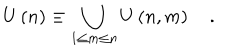
U \left( n \right) \equiv \bigcup _ { 1 \le m \le n } U \left( n , m \right) \quad .